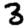
Digit: 3